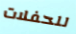
للحفلات